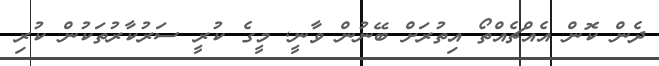
ދެން ކޮން އެއްޗެއްތޯ އިތުރަށް ބޭނުން ވާނީ